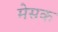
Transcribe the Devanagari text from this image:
मेसक